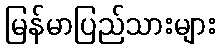
မြန်မာပြည်သားများ